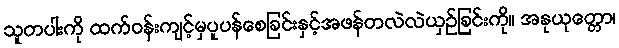
သူတပါးကို ထက်ဝန်းကျင့်မှပူပန်စေခြင်းနှင့်အဖန်တလဲလဲယှဉ်ခြင်းကို။ အနုယုတ္တော၊